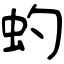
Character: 虳